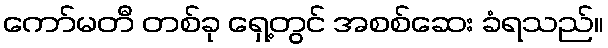
ကော်မတီ တစ်ခု ရှေ့တွင် အစစ်ဆေး ခံရသည်။